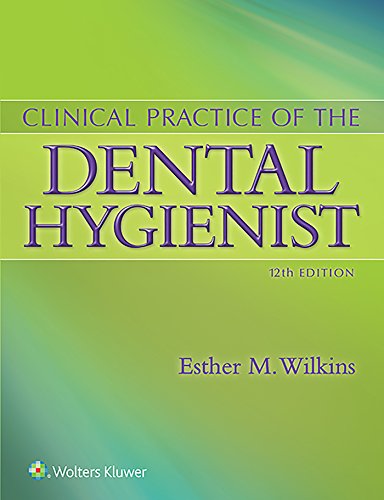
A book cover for Clinical Practice of the Dental Hygienist; Esther M. Wilkins BS  RDH  DMD; Medical Books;